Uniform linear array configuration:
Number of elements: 16
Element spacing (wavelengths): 0.25
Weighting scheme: hann
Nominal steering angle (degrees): -60
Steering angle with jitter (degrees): -61.441
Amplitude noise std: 0.05
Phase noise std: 0.05

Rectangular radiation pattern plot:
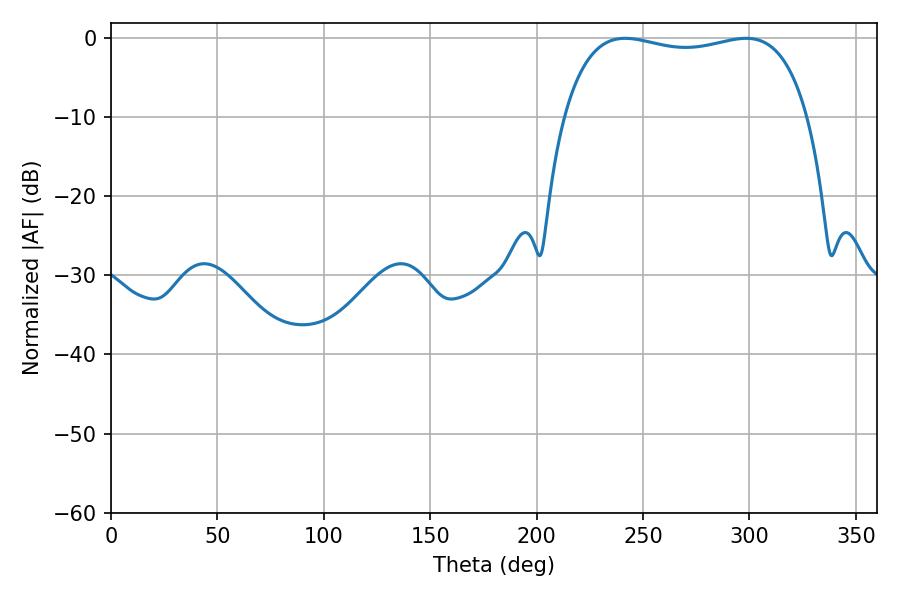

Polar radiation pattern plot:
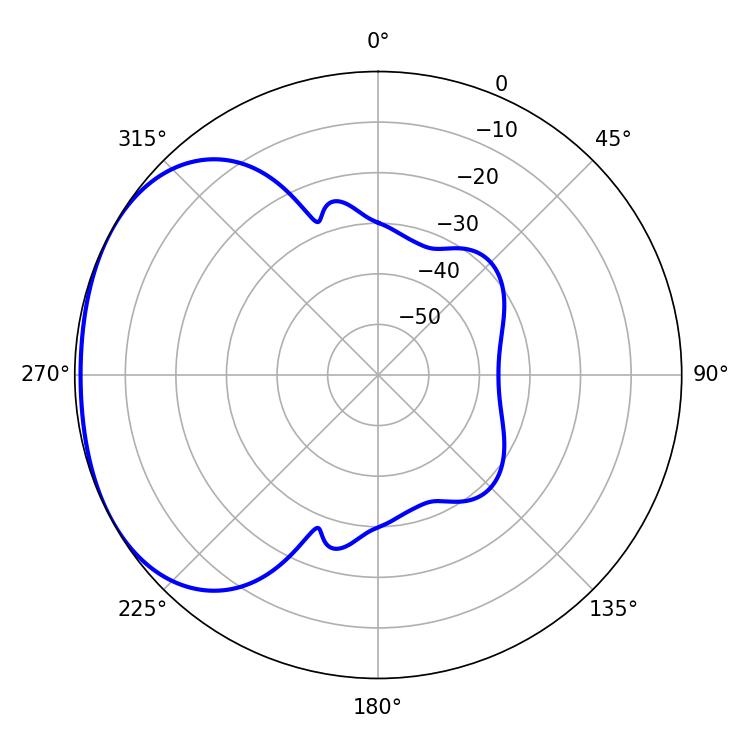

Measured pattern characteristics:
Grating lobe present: FALSE
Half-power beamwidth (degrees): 92.88
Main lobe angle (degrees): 241.56